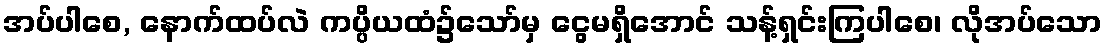
အပ်ပါစေ, နောက်ထပ်လဲ ကပ္ပိယထံ၌သော်မှ ငွေမရှိအောင် သန့်ရှင်းကြပါစေ၊ လိုအပ်သော